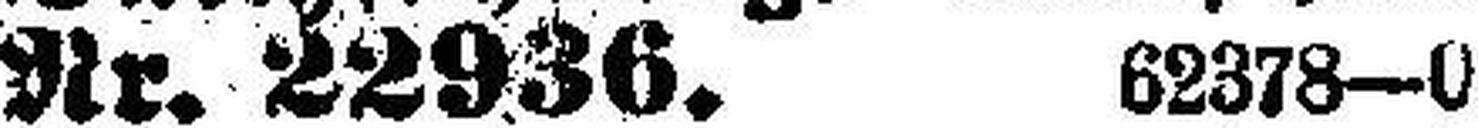
Nr. 22936. 62378—0